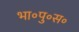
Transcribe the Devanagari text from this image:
भा॰पु॰स॰